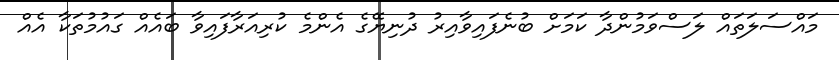
މައްސަލަތައް ލަސްވަމުންދާ ކަމަށް ބުނެފައިވާއިރު ދުނިޔޭގެ އެންމެ ކުރިއަރާފައިވާ ބައެއް ގައުމުތަކާ އެއް